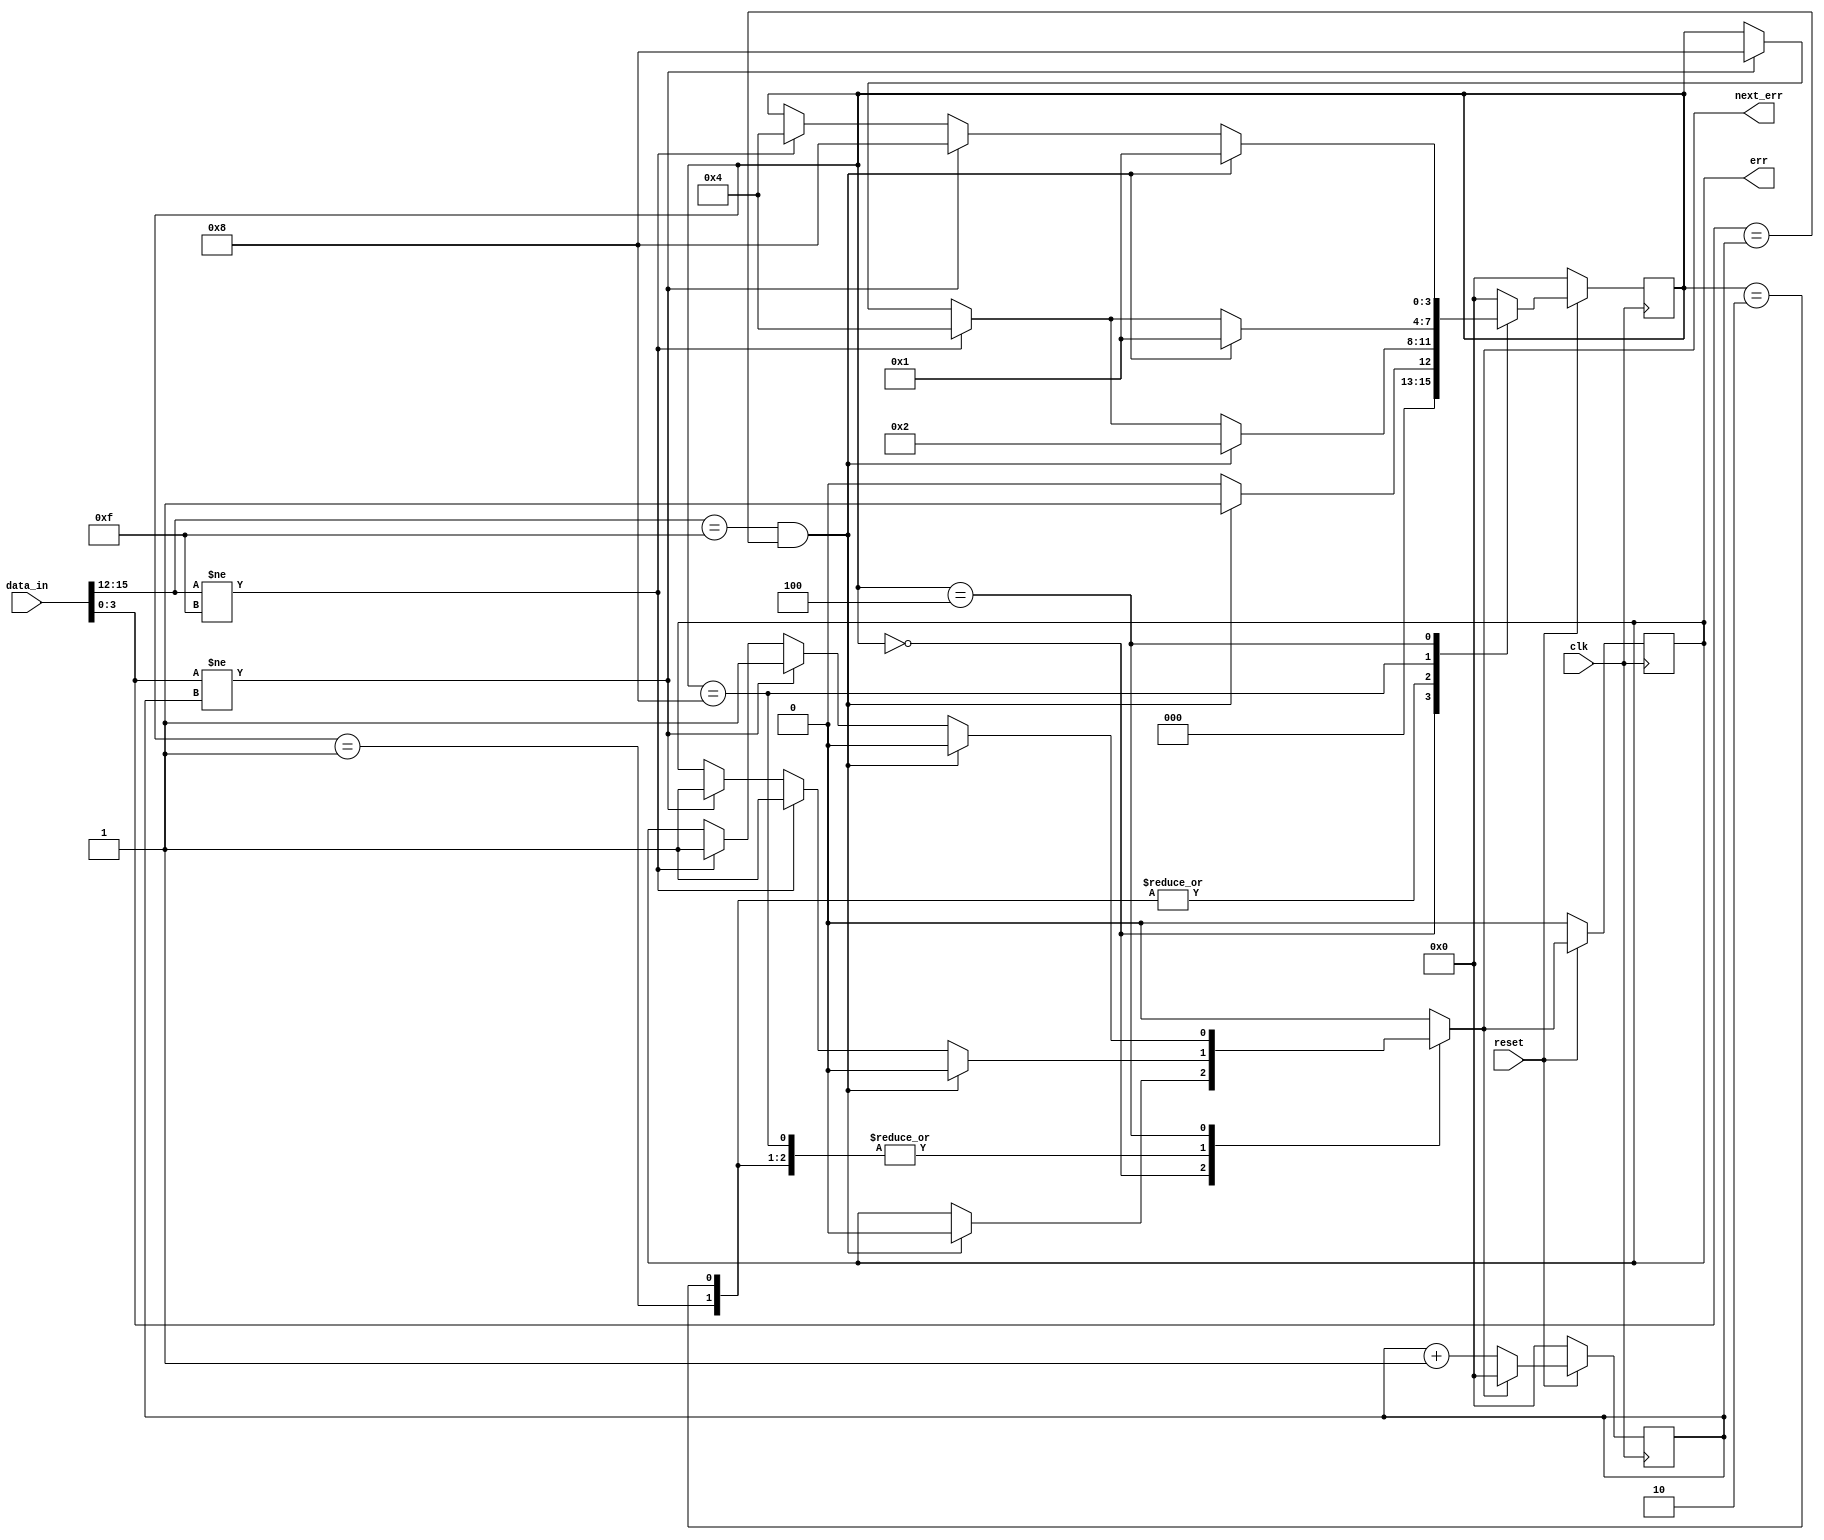
module FSM(
    input clk, reset,
	input [BUS_SIZE-1:0] data_in,
    output reg err, next_err);

    //Asignacion de los parametros 
    parameter BUS_SIZE  = 16;
    parameter WORD_SIZE = 4;

    reg [WORD_SIZE-1:0] counter; //El contador nos sirve para verificar que en los ultimos 4 bits de data_in se siga la secuencia 0, 1, 2, 3,...
    reg [3:0] state , next_state;
    

    //Asignacion de los estados; codificacion One-Hot para evitar estados erroneos
    parameter RESET     = 4'b0000; 
    parameter FIRST_PKG = 4'b0001; 
    parameter REG_PKG   = 4'b0010; 
    parameter F_ERR     = 4'b0100; 
    parameter SEQ_ERR   = 4'b1000;

    always @(posedge clk) begin
        if (reset == 0) begin
            state <= RESET;
            err <= 0;
            counter <= 0;
        end 
        else if (reset == 1) begin
            state <= next_state;
            err <= next_err;
            if (next_err == 1) begin
                counter <= 0;
            end 
            else begin
                counter <= counter + 1;
            end
        end
    end

    always @(*) begin
        next_state = state;
        next_err = err;
        
        //Inicia los cases
        case (state)
            RESET: begin
                if ((data_in[BUS_SIZE-1:BUS_SIZE-WORD_SIZE] == 'hF) && (data_in[WORD_SIZE-1:0] == counter)) begin
                    next_state = FIRST_PKG;
                    next_err = 0;
                end 
                else begin
                    next_state = RESET;
                end
            end

            FIRST_PKG: begin
                if ((data_in[BUS_SIZE-1:BUS_SIZE-WORD_SIZE] == 'hF) && (data_in[WORD_SIZE-1:0] == counter)) begin
                    next_state = REG_PKG;
                    next_err = 0;
                end 
                else if (data_in[BUS_SIZE-1:BUS_SIZE-WORD_SIZE] != 'hF) begin
                    next_state = F_ERR;
                    next_err = 1;
                end 
                else if (data_in[WORD_SIZE-1:0] != counter) begin
                    next_state = SEQ_ERR;
                    next_err = 1;
                end
            end

            REG_PKG: begin
                if ((data_in[BUS_SIZE-1:BUS_SIZE-WORD_SIZE] == 'hF) && (data_in[WORD_SIZE-1:0] == counter)) begin
                    next_state = REG_PKG;
                    next_err = 0;
                end 
                else if (data_in[BUS_SIZE-1:BUS_SIZE-WORD_SIZE] != 'hF) begin
                    next_state = F_ERR;
                    next_err = 1;
                end 
                else if (data_in[WORD_SIZE-1:0] != counter)begin
                    next_state = SEQ_ERR;
                    next_err = 1;
                end
            end

            SEQ_ERR: begin
                if ((data_in[BUS_SIZE-1:BUS_SIZE-WORD_SIZE] == 'hF) && (data_in[WORD_SIZE-1:0] == counter))begin
                    next_state = FIRST_PKG;
                    next_err = 0;
                end 
                else if (data_in[BUS_SIZE-1:BUS_SIZE-WORD_SIZE] != 'hF) begin
                    next_state = F_ERR;
                    next_err = 1;
                end 
                else if (data_in[WORD_SIZE-1:0] != counter) begin
                    next_state = SEQ_ERR;
                    next_err = 1;
                end
            end

            F_ERR: begin
                if ((data_in[BUS_SIZE-1:BUS_SIZE-WORD_SIZE] == 'hF) && (data_in[WORD_SIZE-1:0] == counter))begin
                    next_state = FIRST_PKG;
                    next_err = 0;
                end 
                else if (data_in[WORD_SIZE-1:0] != counter)begin
                    next_state = SEQ_ERR;
                    next_err = 1;
                end 
                else if (data_in[BUS_SIZE-1:BUS_SIZE-WORD_SIZE] != 'hF) begin
                    next_state = F_ERR;
                    next_err = 1;
                end
            end

            default: begin
                next_state = RESET;
                next_err = 0;
            end
        endcase    
    end
endmodule